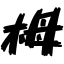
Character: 栂